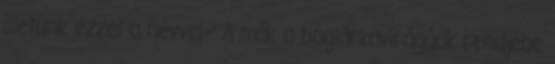
illetünk ezzel a névvel? A mák a boglárkavirágúak rendjébe